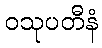
ဝသုပတီနံ